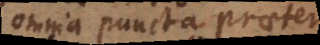
omnia puncta praeter